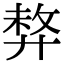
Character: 𢍛